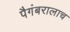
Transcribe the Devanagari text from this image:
पैगंबरालाच